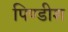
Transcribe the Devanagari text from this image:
पिण्डीश